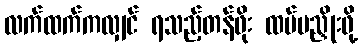
လက်ထက်ကလျှင် ရသည့်တန်ဖိုး ထပ်မညှိုးဖို့